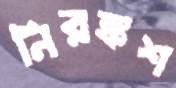
নিরঙ্কশ